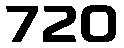
720